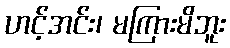
ဟင့်အင်း၊ မကြားမိဘူး